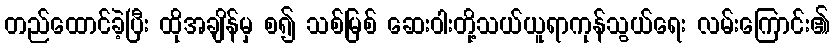
တည်ထောင်ခဲ့ပြီး ထိုအချိန်မှ စ၍ သစ်မြစ် ဆေးဝါးတို့သယ်ယူရာကုန်သွယ်ရေး လမ်းကြောင်း၏